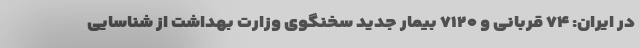
در ایران: ۷۴ قربانی و ۷۱۲۰ بیمار جدید سخنگوی وزارت بهداشت از شناسایی